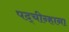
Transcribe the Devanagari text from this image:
पद्चीन्हाना